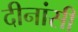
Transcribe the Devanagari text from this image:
दीनांसी